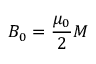
B _ { 0 } = { \frac { \mu _ { 0 } } { 2 } } M